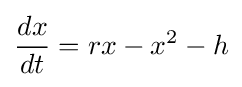
{dx \over dt}=rx-x^{2}-h